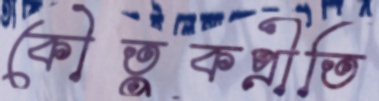
কৌতুকপ্রীতি